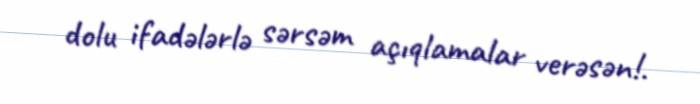
dolu ifadələrlə sərsəm açıqlamalar verəsən!.